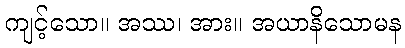
ကျင့်သော။ အဿ၊ အား။ အယာနိသောမန